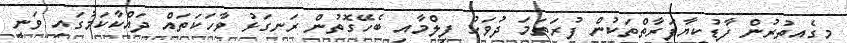
މީގެއިތުރުން ފާޑުކިޔާފަރާތްތަކުން ފުރަތަމަ ދުވަހު ފިލްމާއި ބެހޭގޮތުން ރަނގަޅު ވާހަކަތައް ދައްކާކަމުގައި ވަނީ